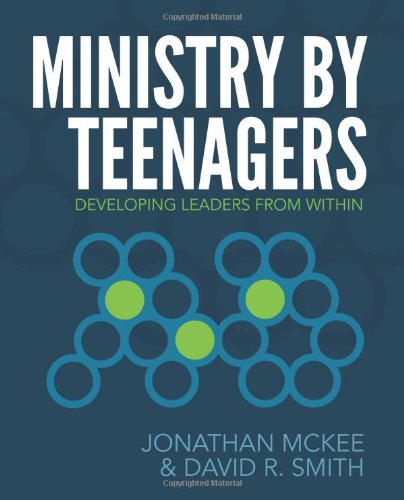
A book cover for Ministry by Teenagers: Developing Leaders from Within; Jonathan McKee; Christian Books & Bibles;